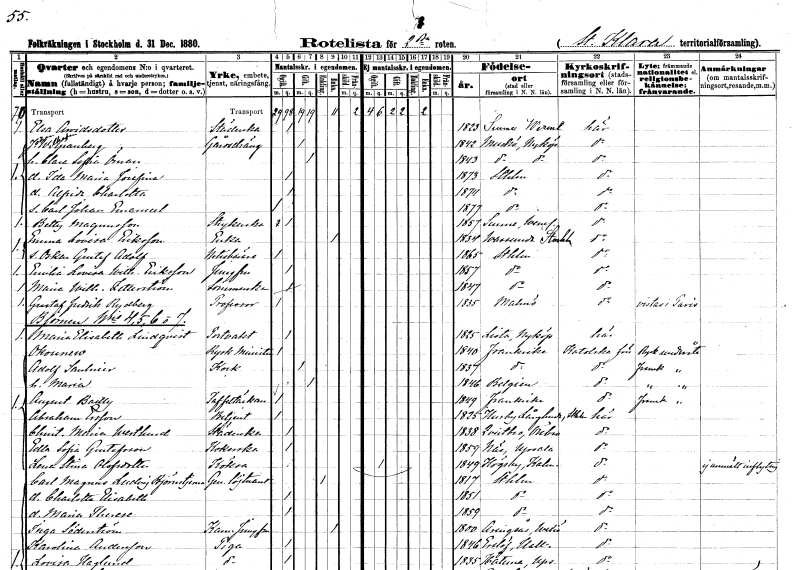
gt_parse: households: individuals: FN: Elsa
EN: Arvidsdotter
YRKE: Städerska
KON: K
CIV: O
FODAR: 1823
FODFORS: Sunne Värmlands län
FN: Johan Wilhelm
EN: Granberg
YRKE: Gårdsdräng
KON: M
CIV: G
FODAR: 1842
FODFORS: Muskö Stockholms län
FN: Clara Sofia
EN: Öman
KON: K
CIV: G
FODAR: 1843
FODFORS: Muskö Stockholms län
FN: Ida Maria Josefina
KON: K
CIV: O
FODAR: 1873
FODFORS: Stockholm
FN: Alfrida Charlotta
KON: K
CIV: O
FODAR: 1874
FODFORS: Stockholm
FN: Carl Johan Emanuel
KON: M
CIV: O
FODAR: 1877
FODFORS: Stockholm
FN: Betty
EN: Magnusson
YRKE: Strykerska
KON: K
CIV: O
FODAR: 1857
FODFORS: Sunne Värmlands län
FN: Emma Lovisa
EN: Eriksson
YRKE: Änka
KON: K
CIV: E
FODAR: 1834
FODFORS: Vassunda Uppsala län
FN: Oskar Gustaf Adolf
YRKE: Notisbärare
KON: M
CIV: O
FODAR: 1865
FODFORS: Stockholm
FN: Emilia Lovisa Wilhelmina
EN: Eriksson
YRKE: Jungfru
KON: K
CIV: O
FODAR: 1857
FODFORS: Stockholm
FN: Maria Wilhelmina
EN: Zetterström
YRKE: Sömmerska
KON: K
CIV: O
FODAR: 1847
FODFORS: Stockholm
FN: Gustaf Fredrik
EN: Rydberg
YRKE: Professor
KON: M
CIV: O
FODAR: 1835
FODFORS: Malmö Malmöhus län
FN: Maria Elisabeth
EN: Lindqvist
YRKE: Portvakt
KON: K
CIV: O
FODAR: 1825
FODFORS: Lista Södermanlands län
EN: Okounew
YRKE: Rysk minister
KON: M
CIV: O
FODAR: 1840
FN: Adolf
EN: Saulnier
YRKE: Kock
KON: M
CIV: G
FODAR: 1837
FN: Maria
KON: K
CIV: G
FODAR: 1846
FN: August
EN: Bailly
YRKE: Taffeltäckare
KON: M
CIV: O
FODAR: 1849
FN: Abraham
EN: Ersson
YRKE: Betjänt
KON: M
CIV: O
FODAR: 1825
FODFORS: Husby-Långhundra Uppsala län
FN: Christina Maria
EN: Westlund
YRKE: Städerska
KON: K
CIV: O
FODAR: 1838
FODFORS: Kvistbro Örebro län
FN: Edla Sofia
EN: Gustafsson
YRKE: Kokerska
KON: K
CIV: O
FODAR: 1859
FODFORS: Näs Uppsala län
FN: Lena Stina
EN: Olofsdotter
YRKE: Köksa
KON: K
CIV: O
FODAR: 1849
FODFORS: Högsby Kalmar län